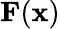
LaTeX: \mathbf{F}(\mathbf{x})